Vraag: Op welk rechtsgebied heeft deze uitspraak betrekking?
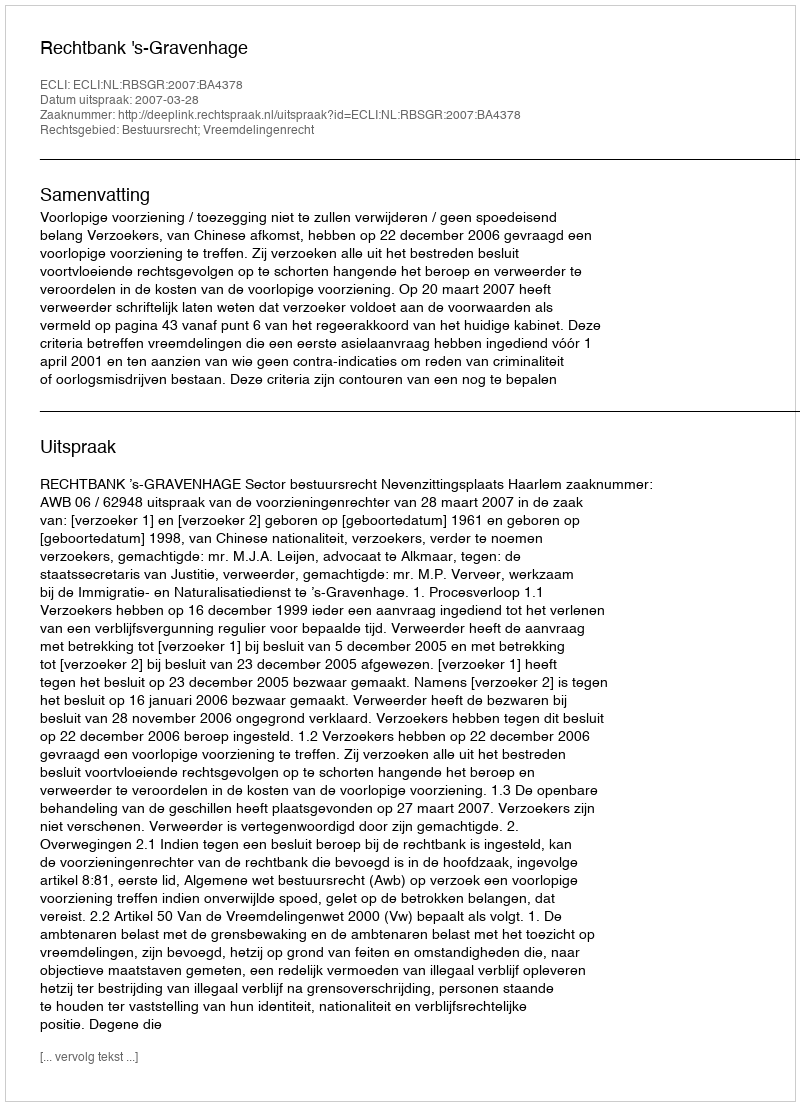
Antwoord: Bestuursrecht; Vreemdelingenrecht